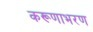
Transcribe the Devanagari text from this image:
करूणाभरण